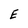
Character: E